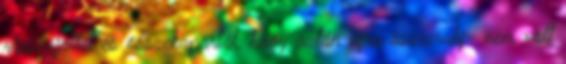
visszajöttél és összekapartál, hogy aztán újra összerakj- nem volt